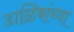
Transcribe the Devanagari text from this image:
डाळिंबांच्या